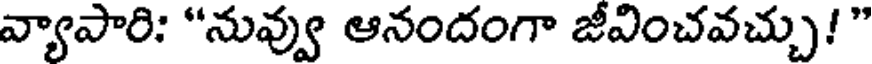
వ్యాపారి: "నువ్వు ఆనందంగా జీవించవచ్చు! "